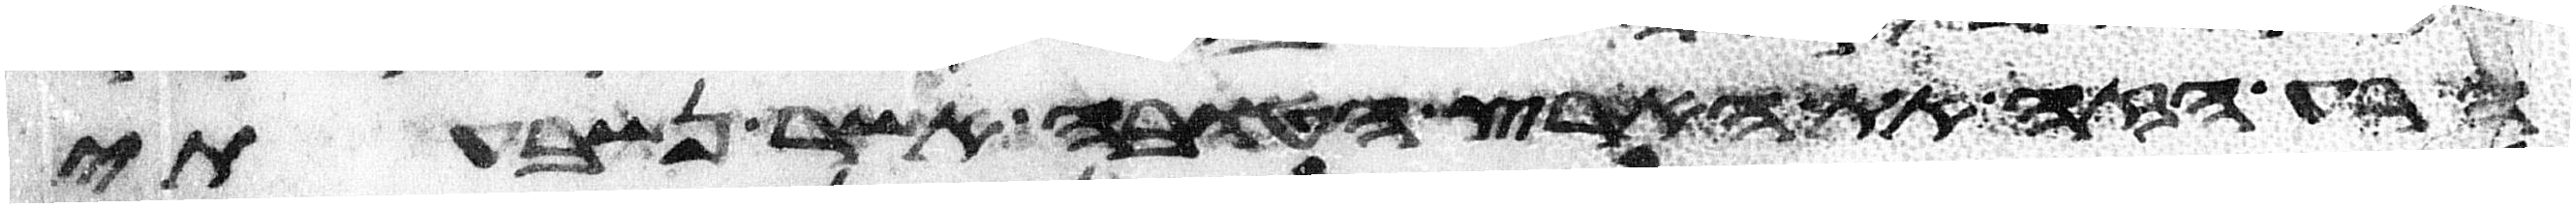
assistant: הרע הזה את הארץ הטובה אשר נשבעתי